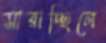
সারাচ্ছিলে